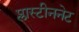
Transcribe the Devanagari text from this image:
प्लास्टीननेट